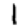
Digit: 1